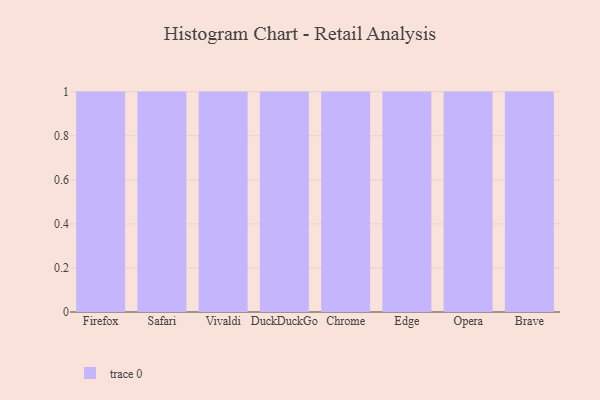
{"axis": {"x": "Browser", "y": "Temperature (°C)"}, "legend": [""], "data": [{"x": "Firefox", "y": 16, "type": ""}, {"x": "Safari", "y": 58, "type": ""}, {"x": "Vivaldi", "y": 96, "type": ""}, {"x": "DuckDuckGo", "y": 12, "type": ""}, {"x": "Chrome", "y": 85, "type": ""}, {"x": "Edge", "y": 96, "type": ""}, {"x": "Opera", "y": 94, "type": ""}, {"x": "Brave", "y": 35, "type": ""}]}